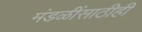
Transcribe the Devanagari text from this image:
मंडळींसाठीही